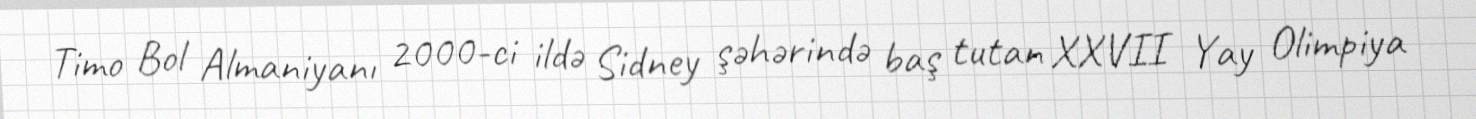
Timo Bol Almaniyanı 2000-ci ildə Sidney şəhərində baş tutan XXVII Yay Olimpiya